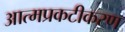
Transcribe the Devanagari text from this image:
आत्मप्रकटीकरण